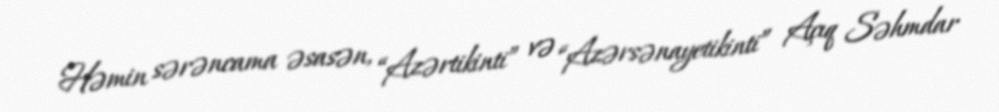
Həmin sərəncama əsasən, “Azərtikinti” və “Azərsənayetikinti” Açıq Səhmdar